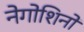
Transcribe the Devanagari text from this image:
नेगोशिनो